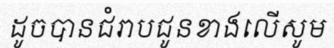
ដូចបានជំរាបជូនខាងលើសូម